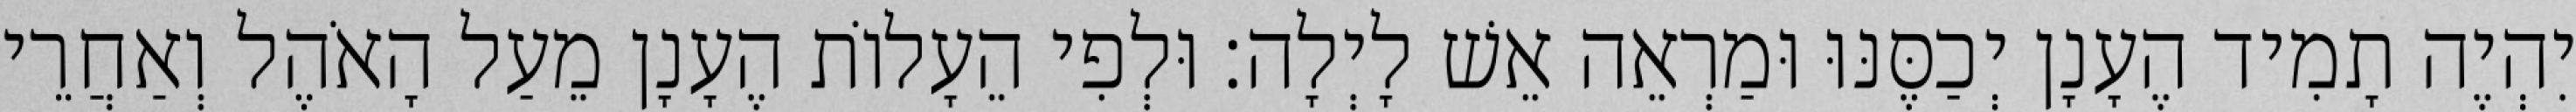
יִהְיֶה תָמִיד הֶעָנָן יְכַסֶּנּוּ וּמַרְאֵה אֵשׁ לָיְלָה׃ וּלְפִי הֵעָלוֹת הֶעָנָן מֵעַל הָאֹהֶל וְאַחֲרֵי